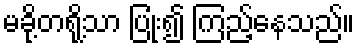
မခို့တရို့သာ ပြုံး၍ ကြည့်နေသည်။